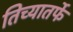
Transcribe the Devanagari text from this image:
तिच्यातर्फे